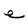
Character: e